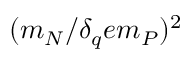
( m _ { N } / \delta _ { q } e m _ { P } ) ^ { 2 }